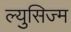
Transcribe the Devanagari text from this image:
ल्युसिज्म